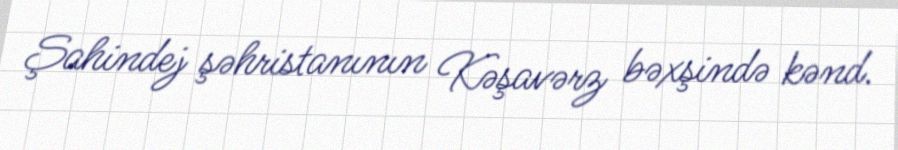
Şahindej şəhristanının Kəşavərz bəxşində kənd.